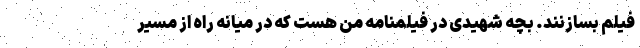
فیلم بسازنند. بچه شهیدی در فیلمنامه من هست که در میانه راه از مسیر